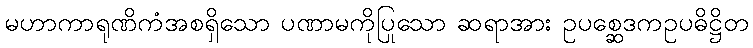
မဟာကာရုဏိကံအစရှိသော ပဏာမကိုပြုသော ဆရာအား ဥပစ္ဆေဒကဥပဓိဋ္ဌိတ